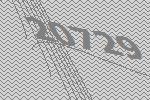
20729